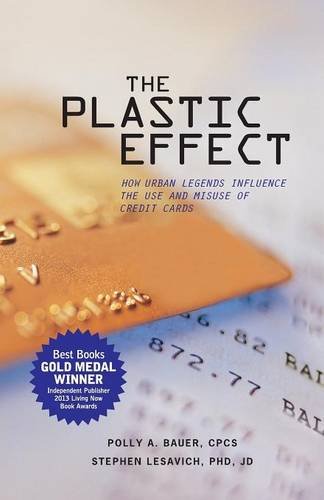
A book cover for The Plastic Effect: How Urban Legends Influence the Use and Misuse of Credit Cards; Polly A. Bauer; Business & Money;